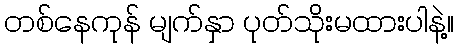
တစ်နေကုန် မျက်နှာ ပုတ်သိုးမထားပါနဲ့။